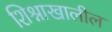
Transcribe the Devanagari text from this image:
शिश्नाखालील